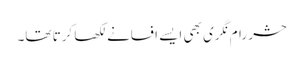
حشر رام نگری بھی ایسے افسانے لکھا کرتا تھا۔